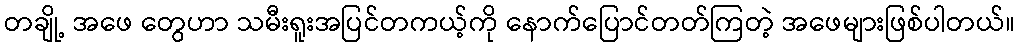
တချို့ အဖေ တွေဟာ သမီးရူးအပြင်တကယ့်ကို နောက်ပြောင်တတ်ကြတဲ့ အဖေများဖြစ်ပါတယ်။